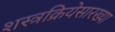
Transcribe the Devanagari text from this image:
शस्त्रक्रियेसारख्या